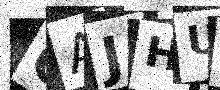
Text: OAJHUC